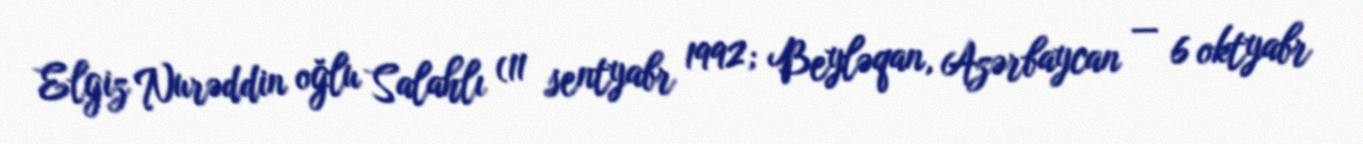
Elgiz Nurəddin oğlu Salahlı (11 sentyabr 1992; Beyləqan, Azərbaycan — 6 oktyabr